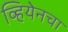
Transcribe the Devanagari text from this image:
व्हियेनचा